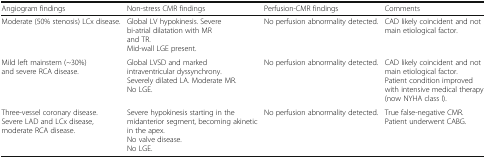
| Angiogram findings | Non-stress CMR findings | Perfusion-CMR findings | Comments |
 | --- | --- | --- | --- |
 | Moderate (50% stenosis) LCx disease. | Global LV hypokinesis. Severe bi-atrial dilatation with MR and TR.Mid-wall LGE present. | No perfusion abnormality detected. | CAD likely coincident and not main etiological factor. |
 | Mild left mainstem (~30%) and severe RCA disease. | Global LVSD and marked intraventricular dyssynchrony. Severely dilated LA. Moderate MR.No LGE. | No perfusion abnormality detected. | CAD likely coincident and not main etiological factor.Patient condition improved with intensive medical therapy (now NYHA class I). |
 | Three-vessel coronary disease. Severe LAD and LCx disease, moderate RCA disease. | Severe hypokinesis starting in the midanterior segment, becoming akinetic in the apex.No valve disease.No LGE. | No perfusion abnormality detected. | True false-negative CMR.Patient underwent CABG. |